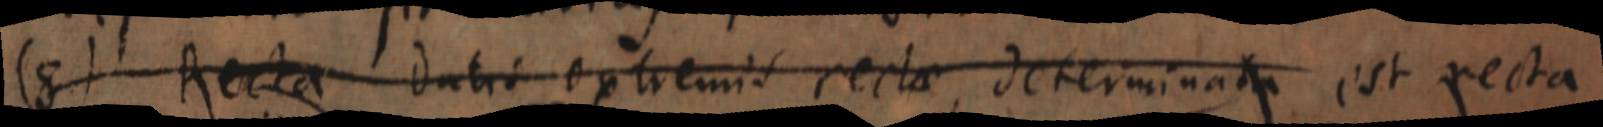
(8) Recta datis extremis rectae determinata est recta